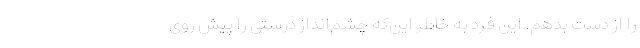
را از دست بدهم. این فرد به خاطر این‌که چشم‌انداز درستی را پیش روی